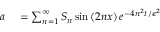
\begin{array} { r l } { a } & { { } = \sum _ { n = 1 } ^ { \infty } S _ { n } \sin \left( 2 n x \right) e ^ { - 4 n ^ { 2 } t / \epsilon ^ { 2 } } } \end{array}